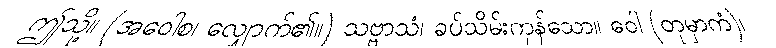
ဤသို့။ (အဝေါစ၊ လျှောက်၏။) သဗ္ဗာသံ၊ ခပ်သိမ်းကုန်သော။ ဝေါ (တုမှာကံ)၊